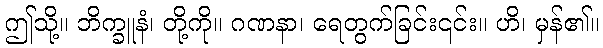
ဤသို့။ ဘိက္ခူနံ၊ တို့ကို။ ဂဏနာ၊ ရေတွက်ခြင်း၎င်း။ ဟိ၊ မှန်၏။